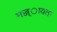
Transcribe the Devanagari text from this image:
मज्ज्ायता